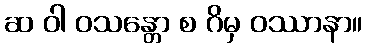
ဆ ဝါ ဝသန္တော စ ဂိမှ ဝဿာနာ။